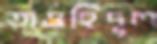
তাওহিদুল